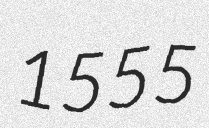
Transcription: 1555